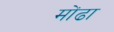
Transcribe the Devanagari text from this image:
मोंढा